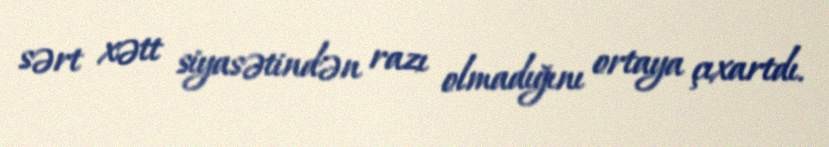
sərt xətt siyasətindən razı olmadığını ortaya çıxartdı.